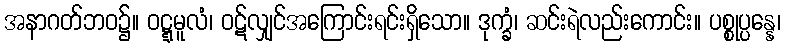
အနာဂတ်ဘဝ၌။ ဝဋ္ဋမူလံ၊ ဝဋ်လျှင်အကြောင်းရင်းရှိသော။ ဒုက္ခံ၊ ဆင်းရဲလည်းကောင်း။ ပစ္စုပ္ပန္နေ၊